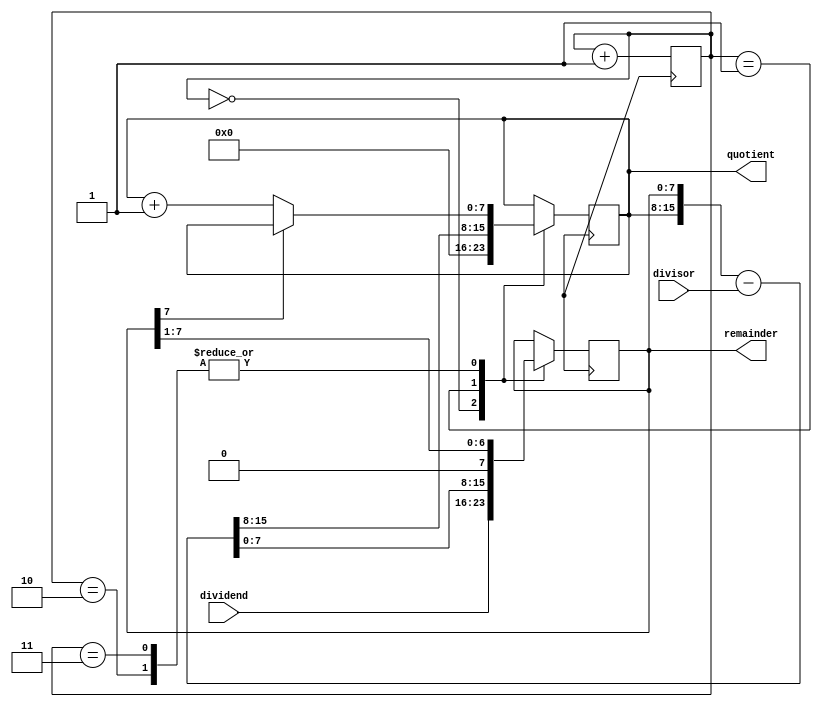
module pipelined_divider (
    input wire [7:0] dividend,
    input wire [7:0] divisor,
    output reg [7:0] quotient,
    output reg [7:0] remainder
);

reg [7:0] remainder_temp;
reg [7:0] quotient_temp;
reg [3:0] stage;

always @(posedge clk) begin
    case(stage)
        0: begin
            quotient_temp <= 0;
            remainder_temp <= dividend;
        end
        1: begin
            {quotient_temp, remainder_temp} <= {quotient_temp, remainder_temp} - divisor;
        end
        2: begin
            if (remainder_temp[7] == 0) begin
                quotient_temp <= quotient_temp + 1;
            end
            remainder_temp <= {1'b0, remainder_temp[7:1]};
        end
        3: begin
            if (remainder_temp[7] == 0) begin
                quotient_temp <= quotient_temp + 1;
            end
            remainder_temp <= {1'b0, remainder_temp[7:1]};
        end
    endcase
    stage <= stage + 1;
end

assign quotient = quotient_temp;
assign remainder = remainder_temp;

endmodule